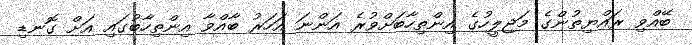
ބޭއްވި ރައްޔިތުންގެ މަޖިލީހުގެ އިންތިހާބަށްވުރެ އަންނަ އަހަރު ބާއްވާ އިންތިހާބުގައި އަށް ގޮނޑި